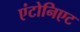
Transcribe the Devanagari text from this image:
एंटोनिएट